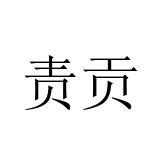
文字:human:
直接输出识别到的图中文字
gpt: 责贡